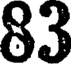
83